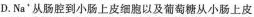
D.Na'从肠腔到小肠上皮细胞以及葡萄糖从小肠上皮